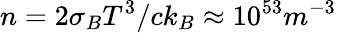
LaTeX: n=2\sigma_{B}T^{3}/ck_{B}\approx 10^{53}m^{-3}